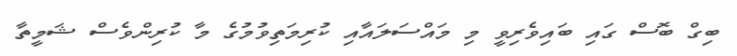
ބިގް ބޮސް ގައި ބައިވެރިވީ މި މައްސަލައާއި ކުރިމަތިވުމުގެ މާ ކުރިންވެސް ޝަމީތާ